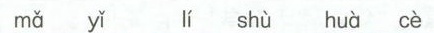
mǎ yǐ lí shù huà cè